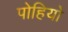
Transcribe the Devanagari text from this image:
पोहियो